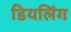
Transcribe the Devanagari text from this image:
डियलिंग